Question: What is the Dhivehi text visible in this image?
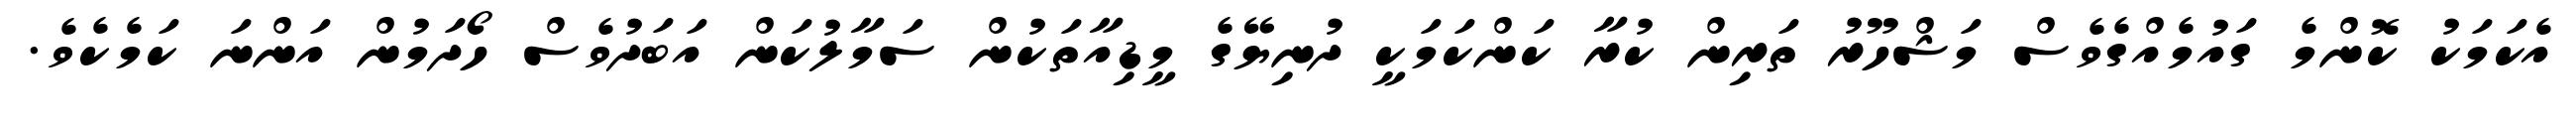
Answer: އެކަމަކު ކޮންމެ ގައުމެއްގެވެސް މަޝްހޫރު ތަރިން ކުރާ ކަންކަމަކީ ދުނިޔޭގެ މީޑިއާތަކުން ސަމާލުކަން އަބަދުވެސް ހޯދަމުން އަންނަ ކަމެކެވެ.